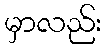
မှာလည်း